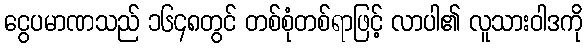
ငွေပမာဏသည် ၁၆၄၈တွင် တစ်စုံတစ်ရာဖြင့် လာပါ၏ လူသားဝါဒကို